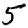
Digit: 5